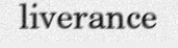
liverance